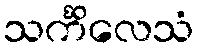
သင်္ကိလေသံ